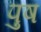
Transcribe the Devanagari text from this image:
पुष